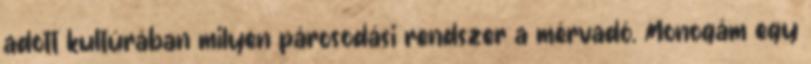
adott kultúrában milyen párosodási rendszer a mérvadó. Monogám egy